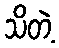
သိတဲ့